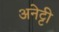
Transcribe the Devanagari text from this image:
अनेट्टी